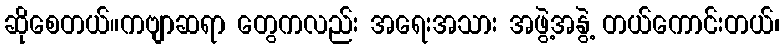
ဆိုစေတယ်။ကဗျာဆရာ တွေကလည်း အရေးအသား အဖွဲ့အနွဲ့ တယ်ကောင်းတယ်၊